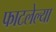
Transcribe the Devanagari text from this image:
फाटलेल्या